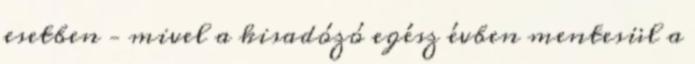
esetben – mivel a kisadózó egész évben mentesül a